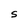
Character: S